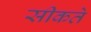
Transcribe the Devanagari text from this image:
सीकते